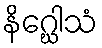
နိဂ္ဃေါသံ